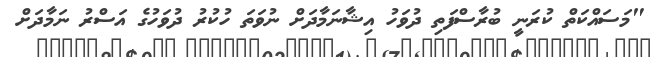
"މަސައްކަތް ކުރަނީ ބުރާސްފަތި ދުވަހު އިޝާނަމާދަށް ނުވަތަ ހުކުރު ދުވަހުގެ އަސްރު ނަމާދަށް